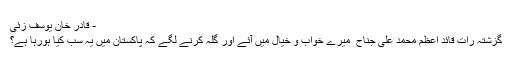
- قادر خان یوسف زئی
گزشتہ رات قائد اعظم محمد علی جناح ؒ میرے خواب و خیال میں آئے اور گِلہ کرنے لگے کہ پاکستان میں یہ سب کیا ہورہا ہے؟